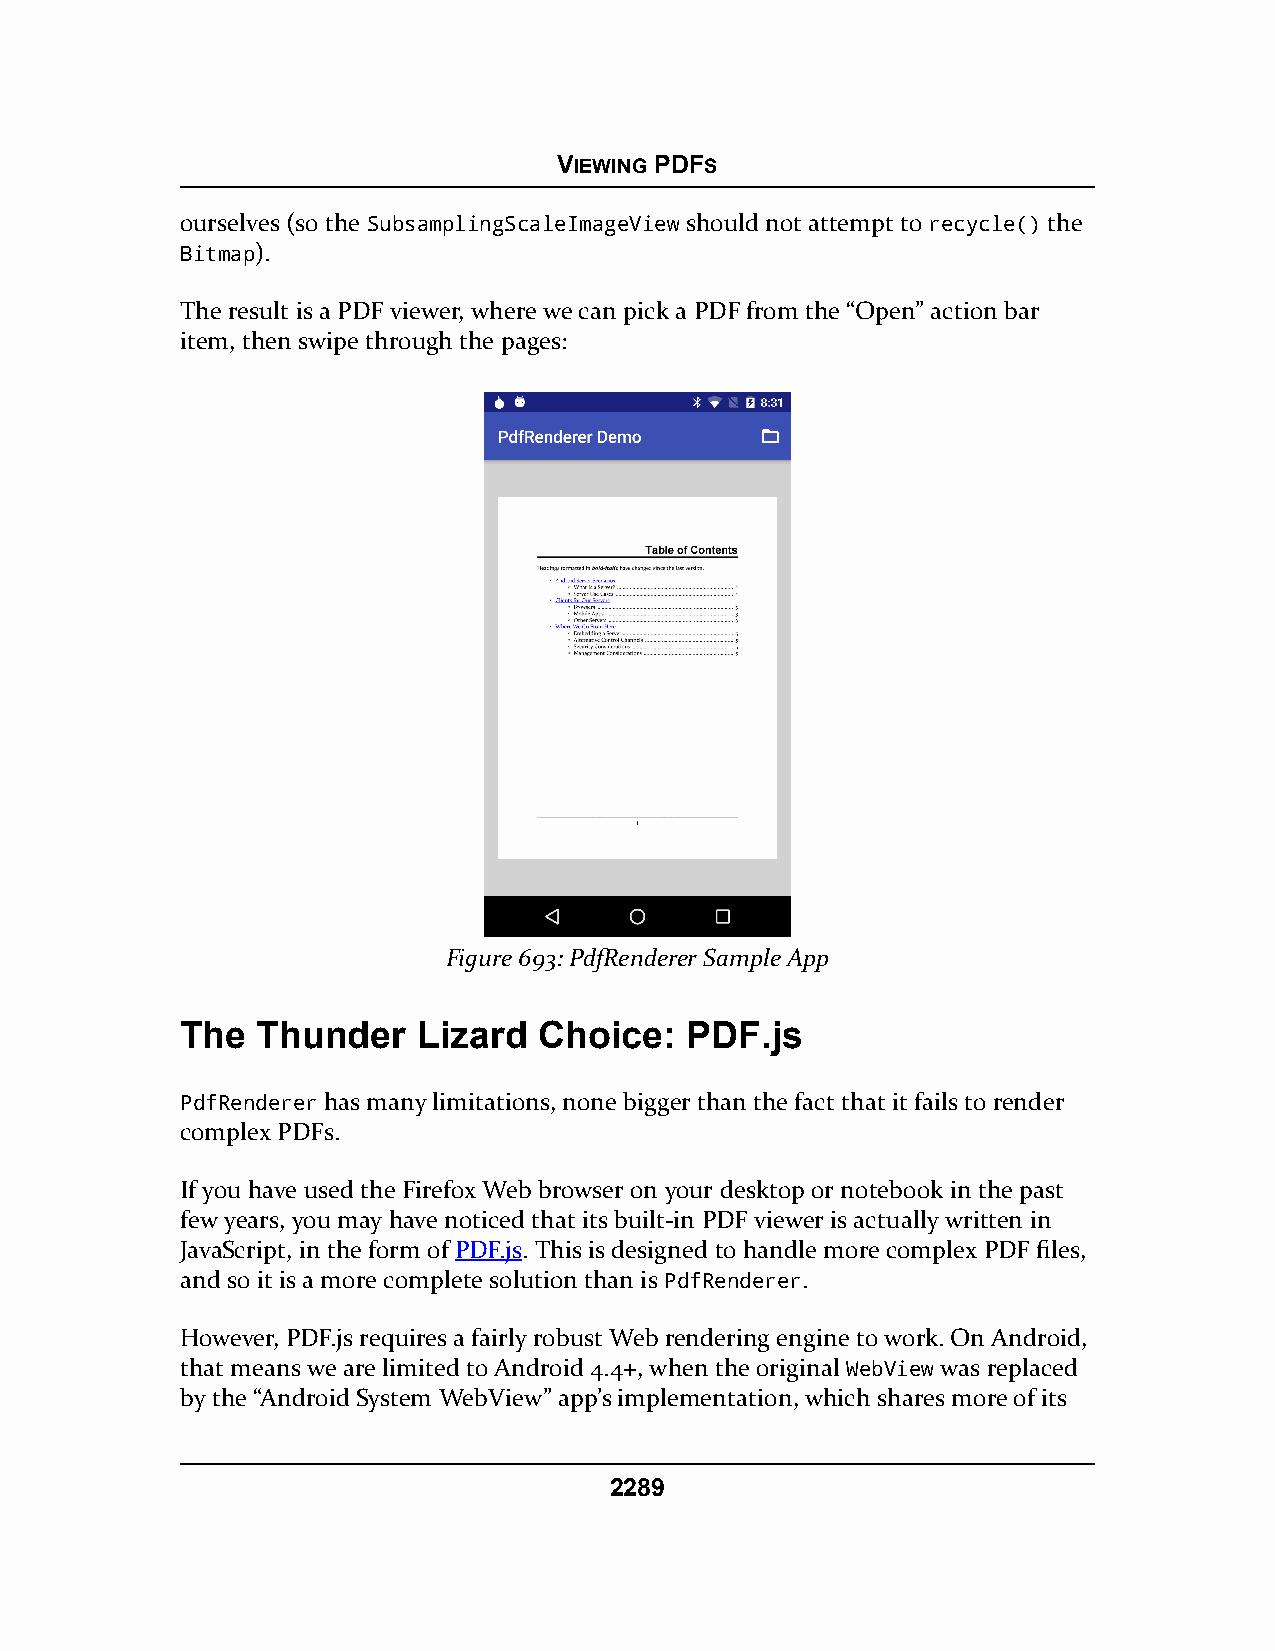
VIEWING PDFS
 ourselves (so the SubsamplingScaleImageView should not attempt to recycle() the
 Bitmap).
 The result is a PDF viewer, where we can pick a PDF from the “Open” action bar
 item, then swipe through the pages:
 Figure 693: PdfRenderer Sample App
 The  Thunder    Lizard  Choice:  PDF.js
 PdfRenderer has many limitations, none bigger than the fact that it fails to render
 complex PDFs.
 If you have used the Firefox Web browser on your desktop or notebook in the past
 few years, you may have noticed that its built-in PDF viewer is actually written in
 JavaScript, in the form of PDF.js. This is designed to handle more complex PDF files,
 and so it is a more complete solution than is PdfRenderer.
 However, PDF.js requires a fairly robust Web rendering engine to work. On Android,
 that means we are limited to Android 4.4+, when the original WebView was replaced
 by the “Android System WebView” app’s implementation, which shares more of its
 2289